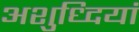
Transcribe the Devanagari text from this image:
अशुध्दियां